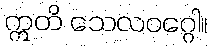
ဣတိ သေလဝဂ္ဂေါ။